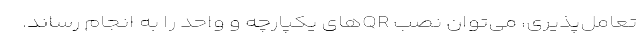
تعامل‌پذیری، می‌توان نصب QR‌های یکپارچه و واحد را به انجام رساند.